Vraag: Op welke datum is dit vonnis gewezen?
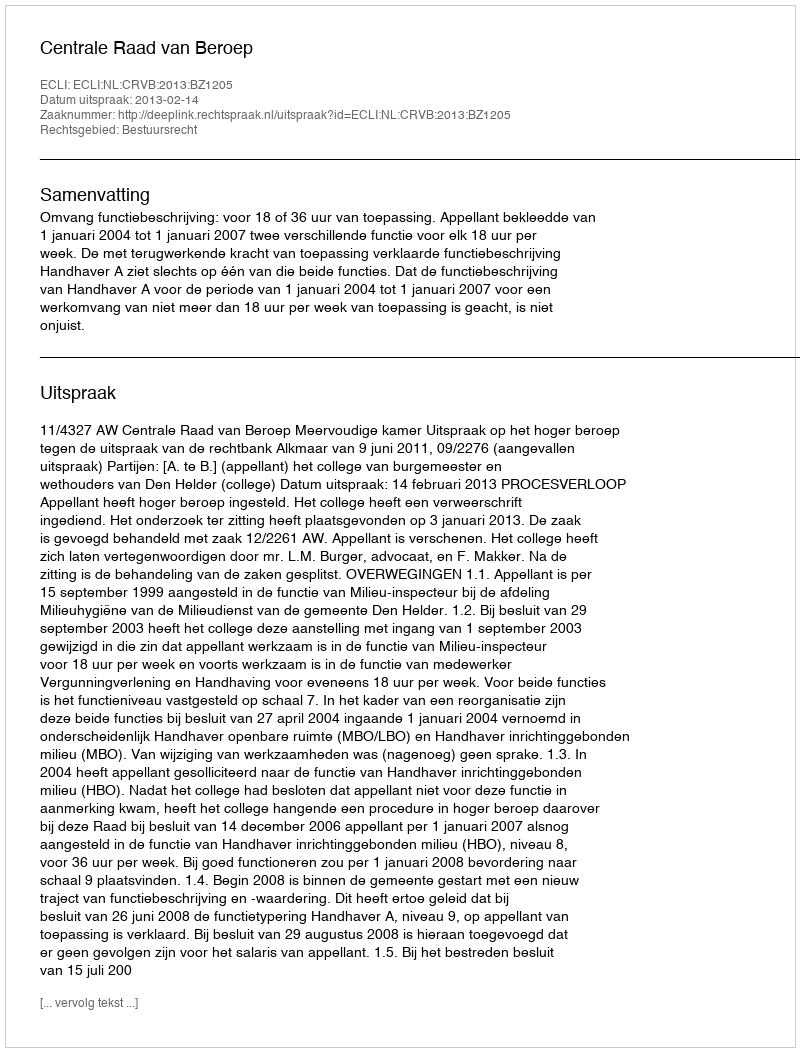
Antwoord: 2013-02-14